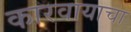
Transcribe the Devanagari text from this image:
कारवायाचा